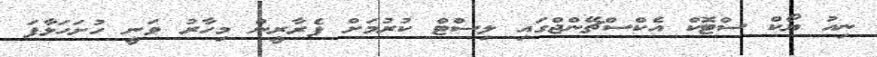
ނިއު ޔޯކް ސްޓޮކް އެކްސްޗޭންޖްގައި ލިސްޓް ކުރުމަށް ފެރާރީން މިހާރު ވަނީ ހުށަހަޅާފަ